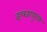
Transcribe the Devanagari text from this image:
इच्छापूरक